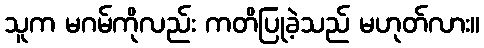
သူက မဂမ်ကိုလည်း ကတိပြုခဲ့သည် မဟုတ်လား။